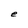
Character: e